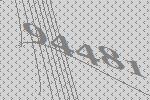
94481